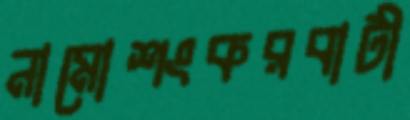
নামোশংকরবাটী